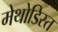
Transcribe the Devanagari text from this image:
मेथोडिस्त